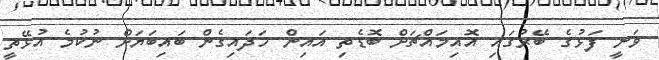
ވަނީ ފަޅުގެ ބޭރުގައި އޮއިމައްޗަށް ބޮޑެތި އައިން ހަދައިގެން ބައިބަޔަށް ނުކުމެ އުޅޭތީ